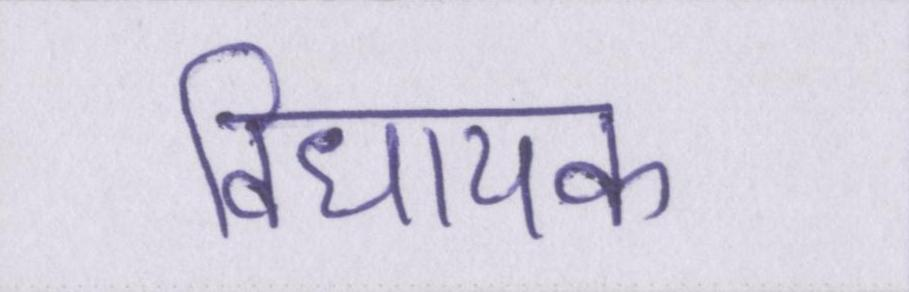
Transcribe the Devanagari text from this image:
विधायक